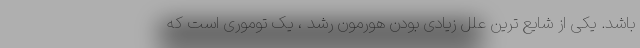
باشد. یکی از شایع ترین علل زیادی بودن هورمون رشد ، یک توموری است که